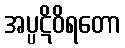
အပ္ပဋိဝိရတော